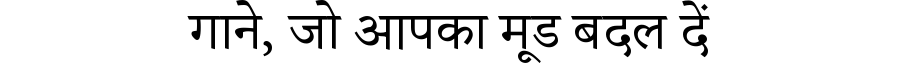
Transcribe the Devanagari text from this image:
गाने, जो आपका मूड बदल दें